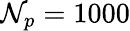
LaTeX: \mathcal{N}_{p}=1000